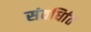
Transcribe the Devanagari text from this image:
संवर्धिात